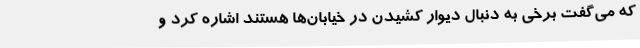
که می‌گفت برخی به دنبال دیوار کشیدن در خیابان‌ها هستند اشاره کرد و